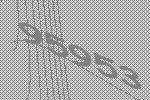
95953